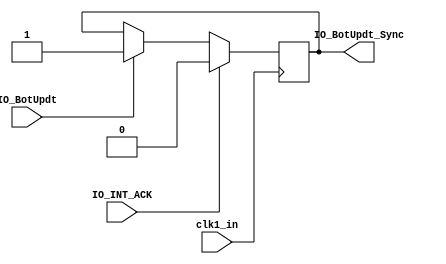
`timescale 1ns / 1ps
//////////////////////////////////////////////////////////////////////////////////
// mfp_sr_handshake.v
// Project Name: Wireless Crop Care
// Target Devices: Nexys4 DDR
// March 20th, 2018
// Rahul Marathe, Kiyasul Arif ,Abhishek Memane, SHubham Lokhande
// Group 5
// 
//////////////////////////////////////////////////////////////////////////////////
module mfp_sr_handshake(
    input IO_BotUpdt,                                   // 1 bit IO_Bot_Updt_Sync to the Handshake Module
    input clk1_in,                                      //  50 Mhz Clock from CLock Wizard
    output reg IO_BotUpdt_Sync,                         // 1 bit IO_Bot_Updt_Sync to the Handshake Module
    input IO_INT_ACK                                    // 1 bit Acknowledge from the Nexys4DDR to the Handshake 
    );
       
    always @(posedge clk1_in) begin        
    if(IO_INT_ACK == 1'b1) begin                        // If IO_INT_ACK is Asserted
    IO_BotUpdt_Sync <= 1'b0;                            // IO_BOT_UPDATE_SYNC is cleared
    end
    else if(IO_BotUpdt == 1'b1) begin                   // If IO_INT ACK is not asserted
    IO_BotUpdt_Sync <= 1'b1;                            // IO_BOT_UPDATE_SYNC is set High 
    end
    else
    begin
    IO_BotUpdt_Sync <= IO_BotUpdt_Sync;                 // Retain IO_BOT_UPDATE_SYNC
    end
    end
      
endmodule